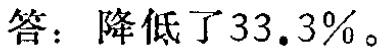
答：降低了33.3%。